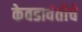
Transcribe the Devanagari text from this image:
केवडावंतीचे